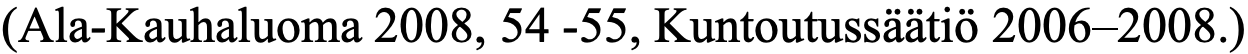
(Ala-Kauhaluoma 2008, 54 -55, Kuntoutussäätiö 2006–2008.)